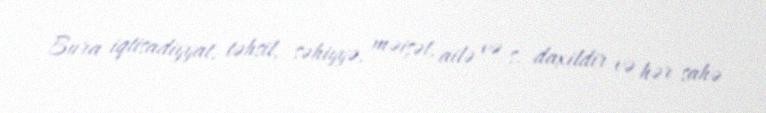
Bura iqtisadiyyat, təhsil, səhiyyə, məişət, ailə və s. daxildir və hər sahə